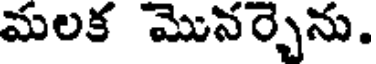
మలక మొనర్చెను.